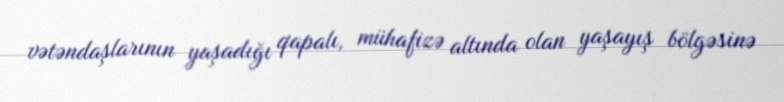
vətəndaşlarının yaşadığı qapalı, mühafizə altında olan yaşayış bölgəsinə